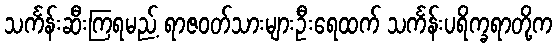
သင်္ကန်းဆီးကြရမည့် ရာဇဝတ်သားများဦးရေထက် သင်္ကန်းပရိက္ခရာတို့က